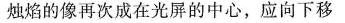
烛焰的像再次成在光屏的中心，应向下移